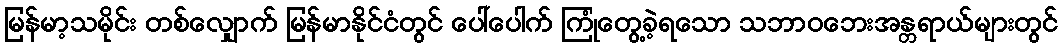
မြန်မာ့သမိုင်း တစ်လျှောက် မြန်မာနိုင်ငံတွင် ပေါ်ပေါက် ကြုံတွေ့ခဲ့ရသော သဘာဝဘေးအန္တရာယ်များတွင်